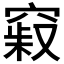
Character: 𥧞